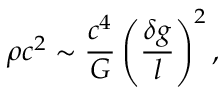
\rho c ^ { 2 } \sim \frac { c ^ { 4 } } { G } \left( \frac { \delta g } { l } \right) ^ { 2 } ,